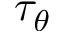
\tau _ { \theta }